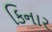
કિનાર